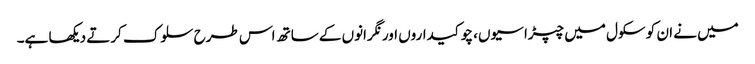
میں نے ان کو سکول میں چپڑاسیوں، چوکیداروں اور نگرانوں کے ساتھ اس طرح سلوک کرتے دیکھا ہے۔